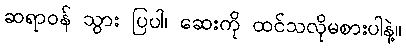
ဆရာဝန် သွား ပြပါ၊ ဆေးကို ထင်သလိုမစားပါနဲ့။